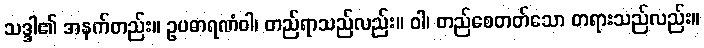
သဒ္ဒါ၏ အနက်တည်း။ ဥပဓာရဏံဝါ၊ တည်ရာသည်လည်း။ ဝါ၊ တည်စေတတ်သော တရားသည်လည်း။